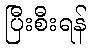
ပြီးစီးရန်